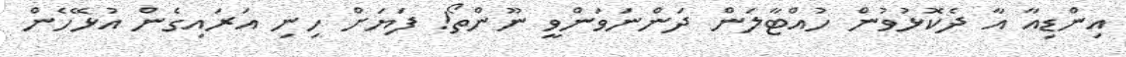
އިންޑިއާ އާ ދެކޮޅުވުން ހުއްޓާލަން ދަންނަވަންވީ ނޫންތޯ! ފަޔަށް ހިނި އަރައިގެން އުޅޭހެން